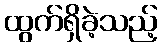
ထွက်ရှိခဲ့သည့်